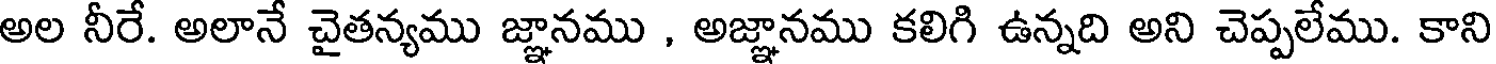
అల నీరే. అలానే చైతన్యము జ్ఞానము , అజ్ఞానము కలిగి ఉన్నది అని చెప్పలేము. కాని